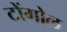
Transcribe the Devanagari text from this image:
टोंगोल